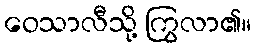
ဝေသာလီသို့ ကြွလာ၏။